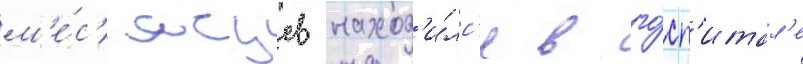
м'е́с'яцев наход'и́лс'я в го́сп'итал'е